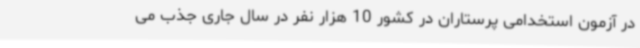
در آزمون استخدامی پرستاران در کشور 10 هزار نفر در سال جاری جذب می